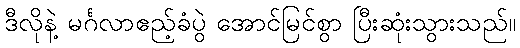
ဒီလိုနဲ့ မင်္ဂလာဧည့်ခံပွဲ အောင်မြင်စွာ ပြီးဆုံးသွားသည်။